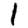
Digit: 1